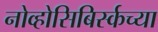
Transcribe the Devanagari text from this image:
नोव्होसिबिर्स्कच्या